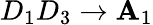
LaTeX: D_{1}D_{3}\rightarrow\mathbf{A}_{1}